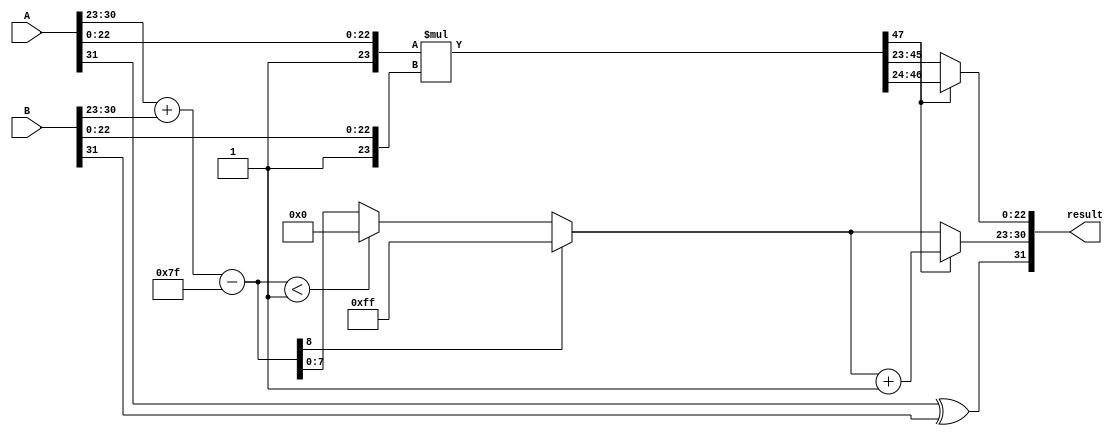
module fp_multiplier (
    input wire [31:0] A, // Input A
    input wire [31:0] B, // Input B
    output reg [31:0] result // Result of A * B
);

    // Constants
    localparam BIAS = 8'h7F; // Bias for single-precision

    // Extract sign, exponent, and mantissa
    wire sign_A = A[31];
    wire sign_B = B[31];
    wire [7:0] exponent_A = A[30:23];
    wire [7:0] exponent_B = B[30:23];
    wire [22:0] mantissa_A = A[22:0];
    wire [22:0] mantissa_B = B[22:0];

    // Sign of the result
    wire sign_result = sign_A ^ sign_B;

    // Exponent calculation
    wire [8:0] exponent_result_raw = {1'b0, exponent_A} + {1'b0, exponent_B} - BIAS;
    wire overflow = exponent_result_raw[8]; // Check for overflow
    wire underflow = (exponent_result_raw < 9'd1); // Check for underflow
    wire [7:0] exponent_result = overflow ? 8'hFF : 
                                 underflow ? 8'h00 : 
                                 exponent_result_raw[7:0];

    // Mantissa calculation with implicit leading 1
    wire [23:0] mantissa_A_normalized = {1'b1, mantissa_A}; // Add implicit leading 1
    wire [23:0] mantissa_B_normalized = {1'b1, mantissa_B}; // Add implicit leading 1
    wire [47:0] mantissa_product = mantissa_A_normalized * mantissa_B_normalized; // Mantissa multiplication

    // Normalization of mantissa
    reg [23:0] mantissa_result;
    reg [7:0] adjusted_exponent;

    always @(*) begin
        if (mantissa_product[47]) begin
            // If mantissa product is greater than 23 bits, shift right
            mantissa_result = mantissa_product[46:24]; // Keep top 23 bits
            adjusted_exponent = exponent_result + 1; // Increment exponent
        end else begin
            // If mantissa product is less than 1 (i.e., < 24 bits)
            mantissa_result = mantissa_product[45:23]; // Keep top 23 bits
            adjusted_exponent = exponent_result; // No change in exponent
        end
    end

    // Final result assembly
    always @(*) begin
        result[31] = sign_result; // Sign bit
        result[30:23] = adjusted_exponent; // Exponent
        result[22:0] = mantissa_result[22:0]; // Mantissa
    end

endmodule